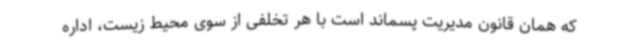
که همان قانون مدیریت پسماند است با هر تخلفی از سوی محیط زیست، اداره